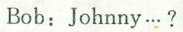
Bob:Johnny…?